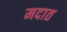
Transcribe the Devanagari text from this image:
मदात